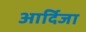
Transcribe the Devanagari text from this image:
आर्दिजा